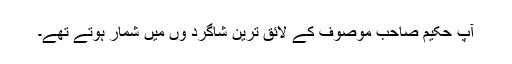
آپ حکیم صاحب موصوف کے لائق ترین شاگرد وں میں شمار ہوتے تھے۔